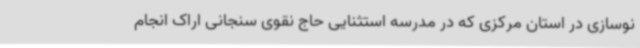
نوسازی در استان مرکزی که در مدرسه استثنایی حاج نقوی سنجانی اراک انجام